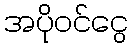
အပိုဝင်ငွေ